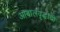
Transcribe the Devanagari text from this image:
आबालवृद्धांची